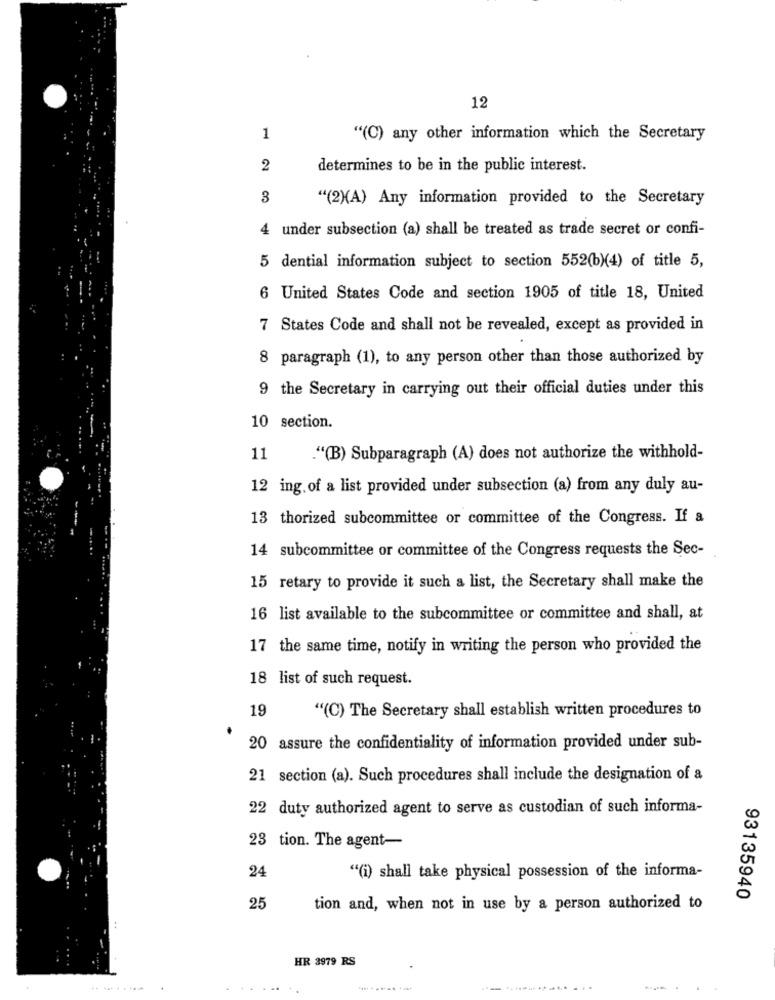
12
1
"(C) any other information which the Secretary
2
determines to be in the public interest.
3
"(2)(A) Any information provided to the Secretary
4 under subsection (a) shall be treated as trade secret or confi-
5 dential information subject to section 552(b)(4) of title 5,
6 United States Code and section 1905 of title 18, United
7 States Code and shall not be revealed, except as provided in
8 paragraph (1), to any person other than those authorized by
9 the Secretary in carrying out their official duties under this
10 section.
11
."(B) Subparagraph (A) does not authorize the withhold-
12 ing. of a list provided under subsection (a) from any duly au-
13 thorized subcommittee or committee of the Congress. If a
14 subcommittee or committee of the Congress requests the Sec-
15 retary to provide it such a list, the Secretary shall make the
16 list available to the subcommittee or committee and shall, at
17 the same time, notify in writing the person who provided the
18 list of such request.
19
"(C) The Secretary shall establish written procedures to
20 assure the confidentiality of information provided under sub-
21 section (a). Such procedures shall include the designation of a
22 duty authorized agent to serve as custodian of such informa-
23 tion. The agent-
24
""(i) shall take physical possession of the informa-
93135940
25
tion and, when not in use by a person authorized to
:
HR 3979 RS